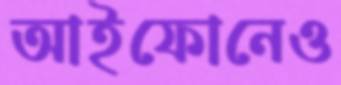
আইফোনেও